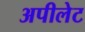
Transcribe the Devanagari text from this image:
अपीलेट